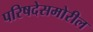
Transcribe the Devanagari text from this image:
परिषदेसमोरील